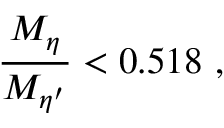
{ \frac { M _ { \eta } } { M _ { \eta ^ { \prime } } } } < 0 . 5 1 8 \ ,